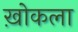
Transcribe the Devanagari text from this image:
ख़ोकला